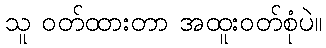
သူ ဝတ်ထားတာ အထူးဝတ်စုံပဲ။